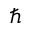
\hbar